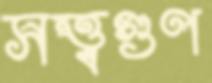
সত্ত্বগুণ